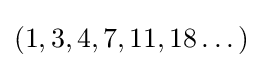
(1,3,4,7,11,18\dots )